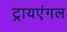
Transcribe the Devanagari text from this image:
ट्रायएंगल